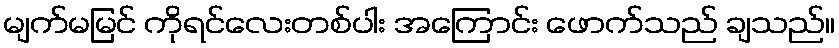
မျက်မမြင် ကိုရင်လေးတစ်ပါး အကြောင်း ဖောက်သည် ချသည်။